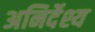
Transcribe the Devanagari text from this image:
अनिर्देश्य